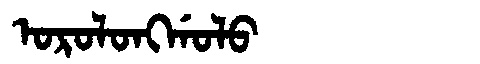
Manchu: ᠣᡵᠣᠯᠣᠩᡤᠣᠯᠣ
Romanization: OROLONGGOLO